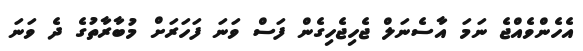
އެހެންވެއްޖެ ނަމަ އާސެނަލް ޖެހިޖެހިގެން ފަސް ވަނަ ފަހަރަށް މުބާރާތުގެ ދެ ވަނަ